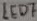
Text: LED7